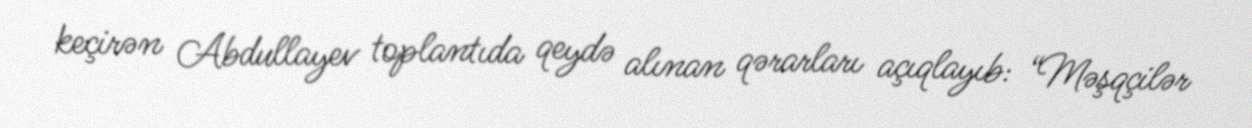
keçirən Abdullayev toplantıda qeydə alınan qərarları açıqlayıb: “Məşqçilər